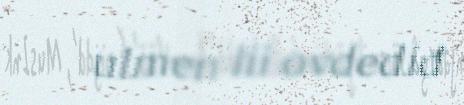
ulmen lii ovdediđ